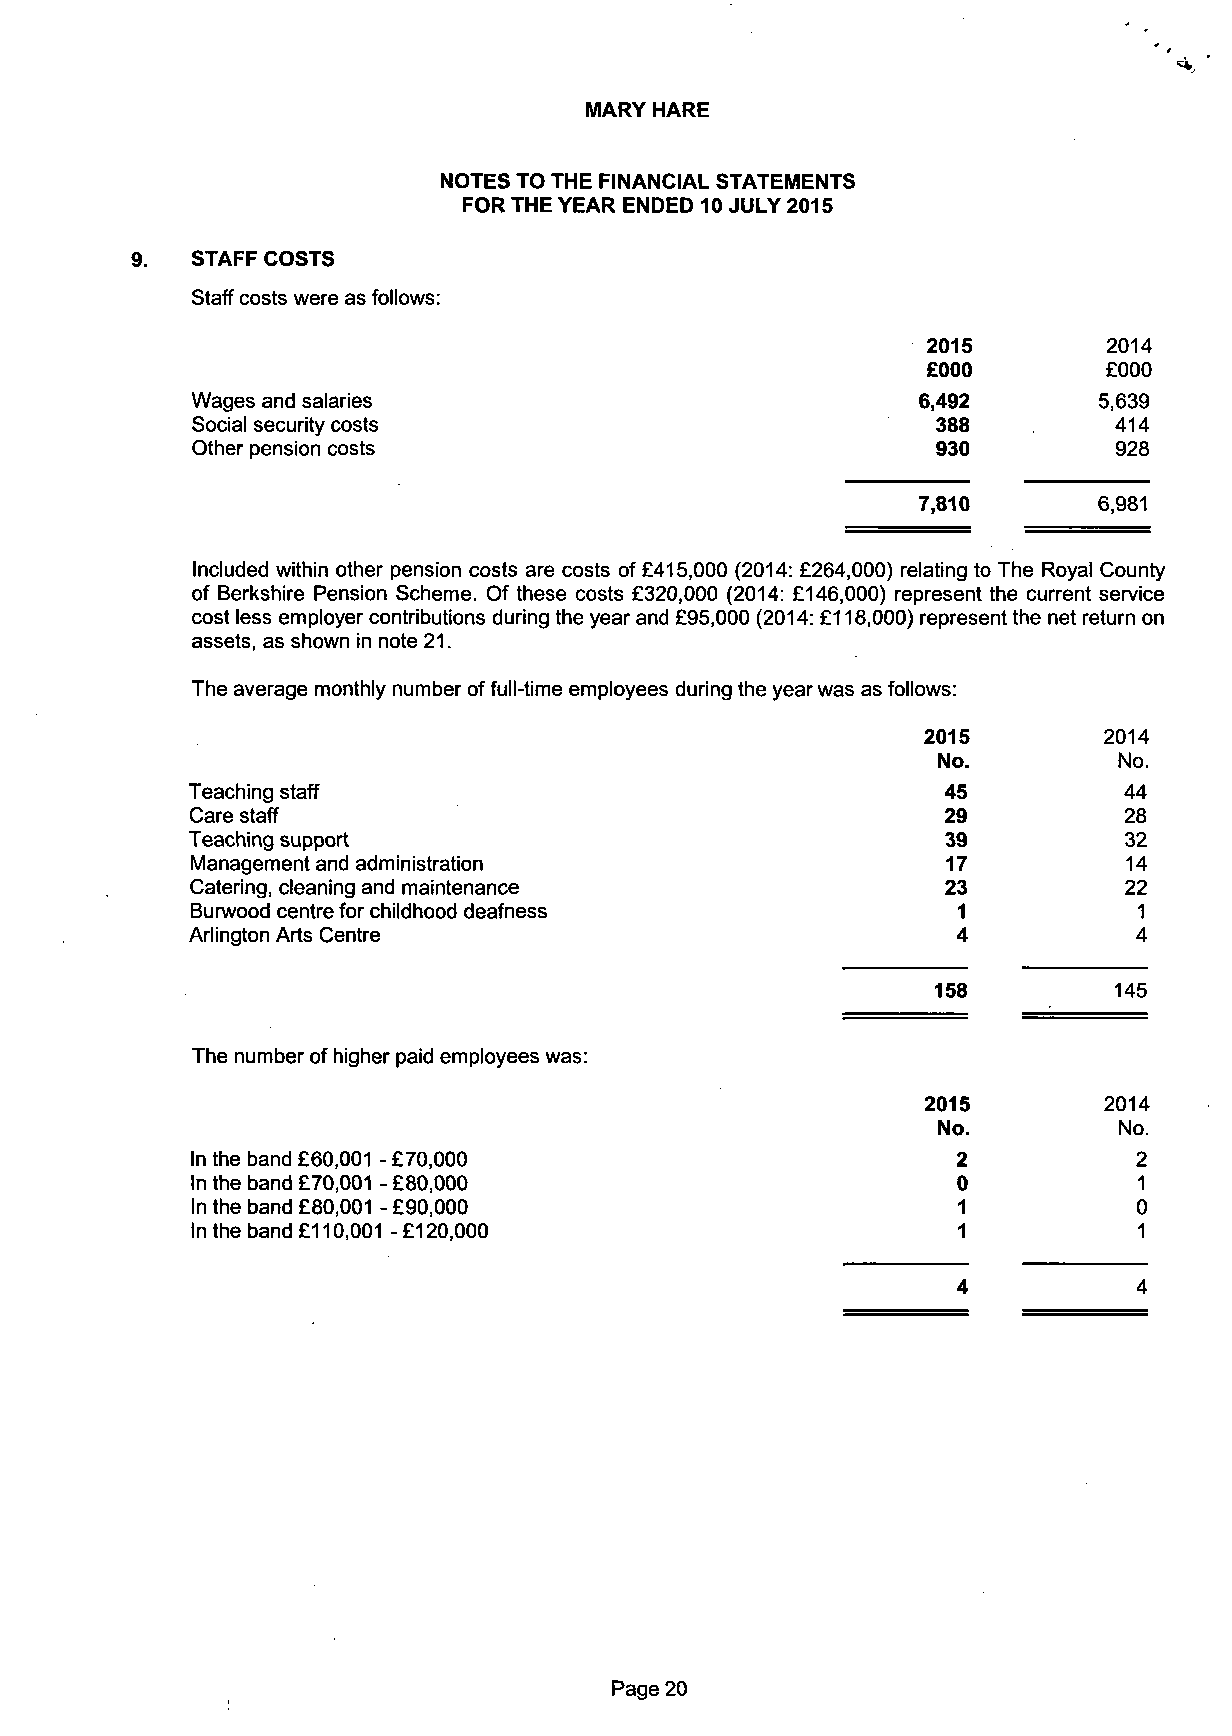
MARY HARE
 NOTES TO THE FINANCIAL STATEMENTS
 FOR THE YEAR ENDED 10 JULY 2015
 STAFF COSTS
 Staff costs were as follows:
 2015         2014
 £000        £000
 Wages and salaries                              6,492       5,639
 Social security costs                            388         414
 Other pension costs                              930         928
 7,810       6,981
 Included within other pension costs are costs of £415,000 (2014: £264,000) relating to The Royal County
 of Berkshire Pension Scheme. Of these costs £320,000 (2014: £146,000) represent the current service
 cost less employer contributions during the year and £95,000 (2014: £118,000) represent the net return on
 assets, as shown in note 21.
 The average monthly number of full-time employees during the year was as follows:
 2015        2014
 No.         No.
 Teaching staff                                    45          44
 Care staff                                       29          28
 Teaching support                                   39         32
 Management and administration                     17          14
 Catering, cleaning and maintenance                23         22
 Burwood centre for childhood deafness             1           1
 Arlington Arts Centre                             4           4
 158         145
 The number of higher paid employees was:
 2015        2014
 No.         No.
 In the band £60,001 - £70,000                     2           2
 In the band £70,001 - £80,000                     0           1
 In the band £80,001 - £90,000                     1           0
 In the band £110,001 - £120,000                   1           1
 4           4
 Page 20